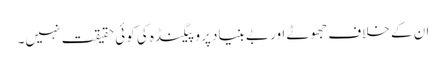
ان کے خلاف جھوٹے اور بے بنیاد پروپیگنڈہ کی کوئی حقیقت نہیں۔